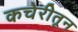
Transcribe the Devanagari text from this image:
कचेरीतून